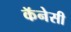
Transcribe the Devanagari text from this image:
कॅनेसी